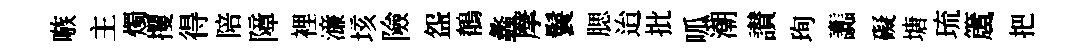
嗾主燭攫得陪障裡濓垓險盌鶺蠡摩鬟腮迨批呱潮讃珣讟礙塘琉𥵂把